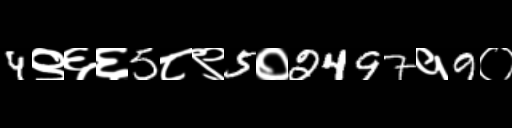
Text: 4९६६5८९5०2497१9०